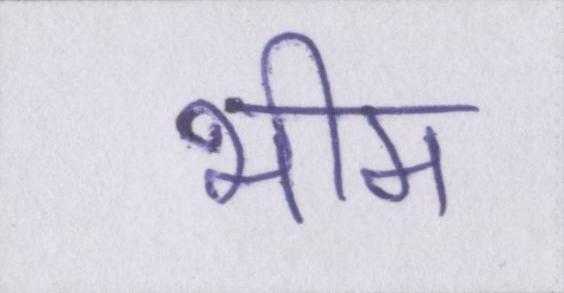
भीम